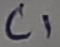
Text: C1